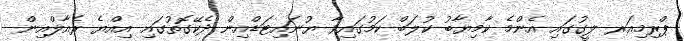
ޕްރިމިއަރ ލީގުގައި އެންމެ ކާމިޔާބު ކުލަބް ކަމުގައިވާ ޔުނައިޓަޑްއިން ދެކޭގޮތުގައި އިއްޔެ ރެއާލްއިން